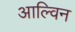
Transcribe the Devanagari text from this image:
आल्विन